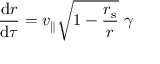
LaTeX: { \frac { \mathrm { { d } } r } { \mathrm { { d } } \tau } } = v _ { \parallel } { \sqrt { 1 - { \frac { r _ { \mathrm { { s } } } } { r } } } } \ \gamma